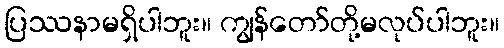
ပြဿနာမရှိပါဘူး။ ကျွန်တော်တို့မလုပ်ပါဘူး။